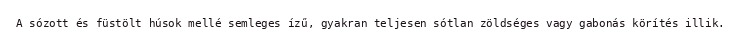
A sózott és füstölt húsok mellé semleges ízű, gyakran teljesen sótlan zöldséges vagy gabonás körítés illik.